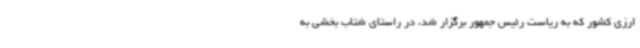
ارزی کشور که به ریاست رئیس جمهور برگزار شد، در راستای شتاب بخشی به